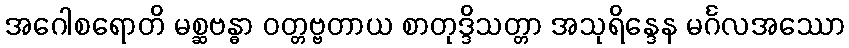
အဂေါစရောတိ မစ္ဆဗန္ဓာ ဝတ္တဗ္ဗတာယ စာတုဒ္ဒိသတ္တာ အသုရိန္ဒေန မင်္ဂလအဿော